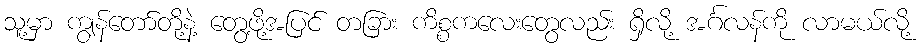
သူ့မှာ ကျွန်တော်တို့နဲ့ တွေ့ဖို့အပြင် တခြား ကိစ္စကလေးတွေလည်း ရှိလို့ အင်္ဂလန်ကို လာမယ်လို့